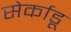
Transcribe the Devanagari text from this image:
सेर्काडू